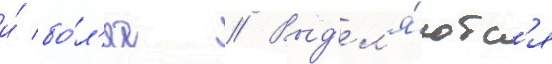
и́ бо́л'ее // Выд'ел'я́ютс'я